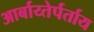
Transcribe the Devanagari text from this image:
आर्बाय्तेर्पर्ताय